Medical and sanitary report of the native army of Bengal for the year
Year: 1875
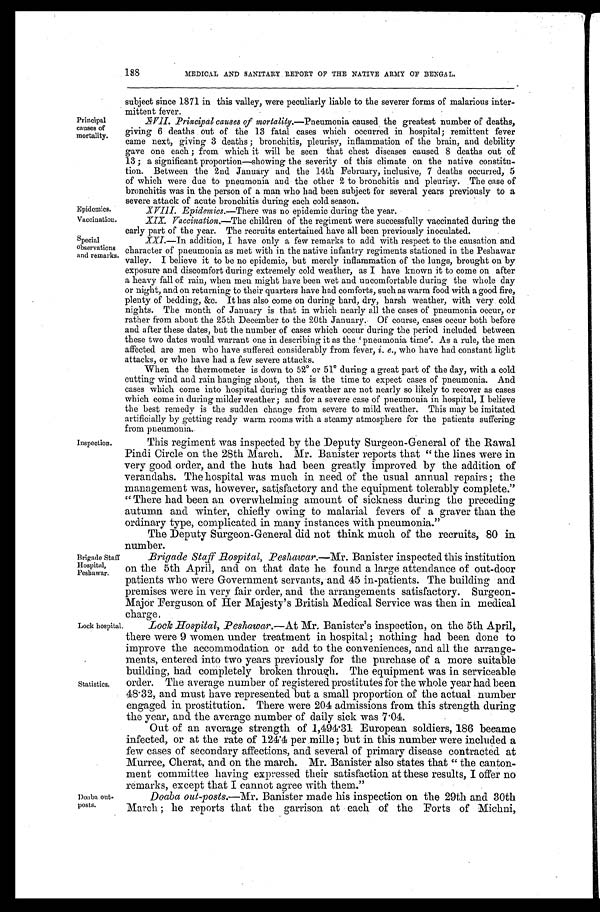
Epidemics.
Vaccination.
Special
observations
and remarks.
Principal
causes of
mortality
Inspection.
Brigade Staff
Hospital,
Peshawar.
Lock hospital
Statistics.
Doaba out-
posts.
188
MEDICAL AND SANITARY REPORT OF THE NATIVE ARMY OF BENGAL.
subject since 1871 in this valley, were peculiarly liable to the severer forms of malarious inter-
mittent fever
XVII. Principal causes of mortality.—Pneumonia caused the greatest number of deaths,
giving 6 deaths out of the 13 fatal cases which occurred in hospital; remittent fever
came next, giving 3 deaths; bronchitis, pleurisy, inflammation of the brain, and debility
gave one each; from which it will be seen that chest diseases caused 8 deaths out of
13; a significant proportion—showing the severity of this climate on the native constitu-
tion. Between the 2nd January and the 14th February, inclusive, 7 deaths occurred, 5
of which were due to pneumonia and the other 2 to bronchitis and pleurisy. The case of
bronchitis was in the person of a man who had been subject for several years previously to a
severe attack of acute bronchitis during each cold season.
XVIII. Epidemics.—There was no epidemic during the year.
XIX. Vaccination.—The children of the regiment were successfully vaccinated during the
early hart of the year. The recruits entertained have all been previously inoculated.
XXI.—In addition, I have only a few remarks to add with respect to the causation and
character of pneumonia as met with in the native infantry regiments stationed in the Peshawar
valley. I believe it to be no epidemic, but merely inflammation of' the lungs, brought on by
exposure and discomfort during extremely cold weather, as I have known it to come on after
a heavy fall of rain, when men might have been wet and uncomfortable during the whole day
or night, and on returning to their quarters have had comforts, such as warm food with a good fire,
plenty of bedding, &c. It has also come on during hard, dry, harsh weather, with very cold
nights. The month of January is that in which nearly all the cases of pneumonia occur, or
rather from about the 25th December to the 20th January. Of course, cases occur both before
and after these dates, but the number of cases which occur during the period included between
these two dates would warrant one in describing it as the 'pneumonia time'. As a rule, the men
affected are men who have suffered considerably from fever, i. e., who have had constant light
attacks, or who have had a few severe attacks.
When the thermometer is down to 52° or 51° during a great part of the day, with a cold
cutting wind and rain hanging about, then is the time to expect cases of pneumonia. And
cases which come into hospital during this weather are not nearly so likely to recover as cases
which come in during milder weather; and for a severe case of pneumonia in hospital, I believe
the best remedy is the sudden change from severe to mild weather. This may be imitated
artificially by getting ready warm rooms with a steamy atmosphere for the patients suffering
f r om pneumoni a.
This regiment was inspected by the Deputy Surgeon-General of the Rawal
Pindi Circle on the 28th March. Mr. Banister reports that "the lines were in
very good order, and the huts had been greatly improved by the addition of
verandahs. The hospital was much in need of the usual annual repairs; the
management was, however, satisfactory and the equipment tolerably complete."
"There had been an overwhelming amount of sickness during the preceding
autumn and winter, chiefly owing to malarial fevers of a graver than the
ordinary type, complicated in many instances with pneumonia."
The Deputy Surgeon-General did not think much of the recruits, 80 in
number.
B r i g a d e S t a f f H o s p i t a l , P e s h a w a r .—
M r . B a n i s t e r i n s p e c t e d t h i s i n s t i t u t i o n
on the 5th April, and on that date he found a large attendance of out-door
patients who were Government servants, and 45 in-patients. The building and
premises were in very fair order, and the arrangements satisfactory. Surgeon-
Major Ferguson of Her Majesty's British Medical Service was then in medical
charge.
Lock Hospital, Peshawar. —At Mr. Banister's inspection, on the 5th April,
there were 9 women under treatment in hospital; nothing had been done to
improve the accommodation or add to the conveniences, and all the arrange-
ments, entered into two years previously for the purchase of a more suitable
building, had completely broken through. The equipment was in serviceable
order. The average number of registered prostitutes for the whole year had been
48. 32, and must have represented but a small proportion of the actual number
engaged in prostitution. There were 204 admissions from this strength during
the year, and the average number of daily sick was 7.04.
Out of an average strength of 1,494 .31 European soldiers, 186 became
infected, or at the rate of 124.4 per mille; but in this number were included a
few cases of secondary affections, and several of primary disease contracted. at
Murree, Cherat, and on the march. Mr. Banister also states that "the canton-
ment committee having expressed their satisfaction at these results, I offer no
remarks, except that I cannot agree with them."
Doaba out-posts. —Mr. Banister made his inspection on the 29th and 30th
March; he reports that the garrison at each of the Forts of Michni,